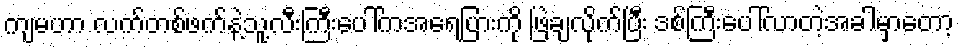
ကျမဟာ လက်တစ်ဖက်နဲ့သူ့လီးကြီးပေါ်ကအရေပြားကို ဖြဲချလိုက်ပြီး ဒစ်ကြီးပေါ်လာတဲ့အခါမှာတော့